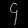
Digit: ၄